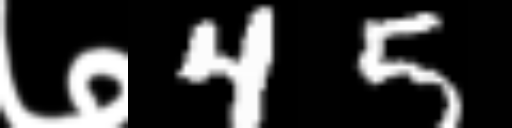
Text: ७45